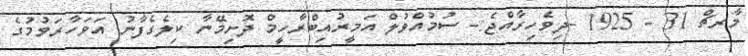
މާރޗް 31 - 1925 -ދިވެހިރާއްޖެ:- ސުމުއްވުލް އަމީރުއިބްރާހީމް ދޮށިމޭނާ ކިލެގެފާނު އަވަހާރަވުމުގެ